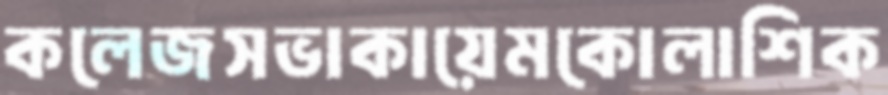
কলেজসভাকায়েমকোলাশিক